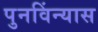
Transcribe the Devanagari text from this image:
पुनविंन्यास